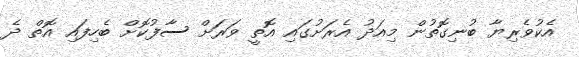
އެކުވެރިޔާ ބުނިގޮތުން މިއަދު އެރަށުގައި އޮތީ ވަރަށް ސާފުކޮށް ބެހިފައި އޮތް ދެ